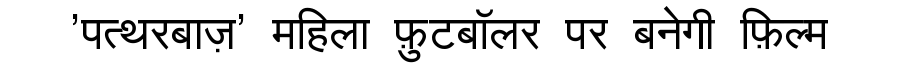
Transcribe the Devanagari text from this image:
'पत्थरबाज़' महिला फ़ुटबॉलर पर बनेगी फ़िल्म